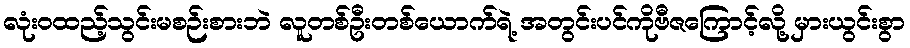
လုံးဝထည့်သွင်းမစဉ်းစားဘဲ လူတစ်ဦးတစ်ယောက်ရဲ့ အတွင်းပင်ကိုဗီဇကြောင့်လို့ မှားယွင်းစွာ